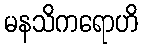
မနသိကရောဟိ